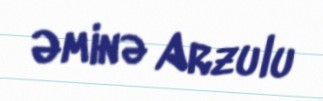
Əminə Arzulu